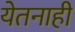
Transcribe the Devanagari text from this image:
येतनाही